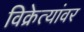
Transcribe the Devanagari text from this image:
विक्रेत्यांवर